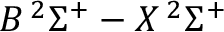
B \, ^ { 2 } \Sigma ^ { + } - X \, ^ { 2 } \Sigma ^ { + }